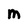
Character: M